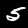
Label: 5